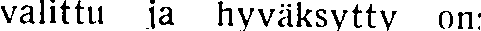
valittu ja hyväksytty on: